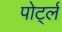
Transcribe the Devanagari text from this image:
पोर्ट्ल